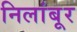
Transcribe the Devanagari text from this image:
निलांबूर